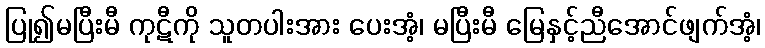
ပြု၍မပြီးမီ ကုဋီကို သူတပါးအား ပေးအံ့၊ မပြီးမီ မြေနှင့်ညီအောင်ဖျက်အံ့၊